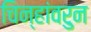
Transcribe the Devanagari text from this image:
चिन्हांवरुन